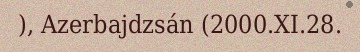
), Azerbajdzsán (2000.XI.28.